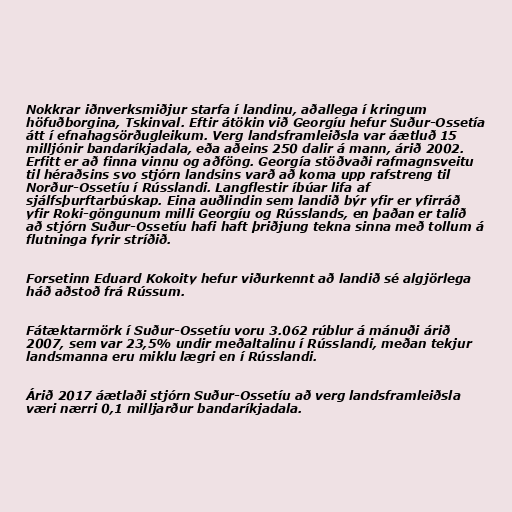
Nokkrar iðnverksmiðjur starfa í landinu, aðallega í kringum
höfuðborgina, Tskinval. Eftir átökin við Georgíu hefur Suður-Ossetía
átt í efnahagsörðugleikum. Verg landsframleiðsla var áætluð 15
milljónir bandaríkjadala, eða aðeins 250 dalir á mann, árið 2002.
Erfitt er að finna vinnu og aðföng. Georgía stöðvaði rafmagnsveitu
til héraðsins svo stjórn landsins varð að koma upp rafstreng til
Norður-Ossetíu í Rússlandi. Langflestir íbúar lifa af
sjálfsþurftarbúskap. Eina auðlindin sem landið býr yfir er yfirráð
yfir Roki-göngunum milli Georgíu og Rússlands, en þaðan er talið
að stjórn Suður-Ossetíu hafi haft þriðjung tekna sinna með tollum á
flutninga fyrir stríðið.

Forsetinn Eduard Kokoity hefur viðurkennt að landið sé algjörlega
háð aðstoð frá Rússum.

Fátæktarmörk í Suður-Ossetíu voru 3.062 rúblur á mánuði árið
2007, sem var 23,5% undir meðaltalinu í Rússlandi, meðan tekjur
landsmanna eru miklu lægri en í Rússlandi.

Árið 2017 áætlaði stjórn Suður-Ossetíu að verg landsframleiðsla
væri nærri 0,1 milljarður bandaríkjadala.